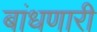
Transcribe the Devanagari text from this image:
बांधणारी